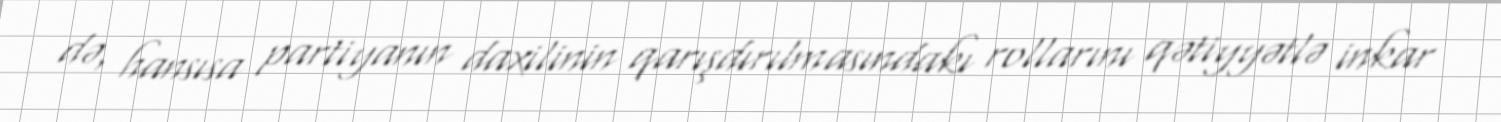
də, hansısa partiyanın daxilinin qarışdırılmasındakı rollarını qətiyyətlə inkar